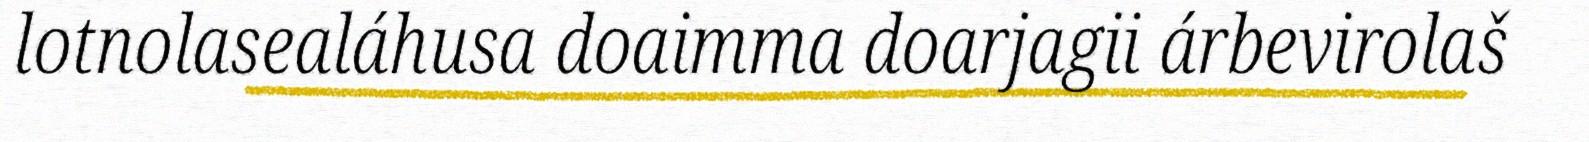
lotnolasealáhusa doaimma doarjagii árbevirolaš